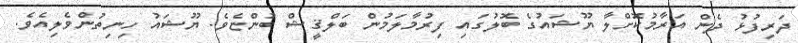
ދަރިފުޅު ދެން އަރާމުކޮށްލާ ޔޫޝައުގެ ބޮލުގައި ފިރުމާލަމުން ބަލްޤީޝް ބުންޏެވެ. ޔޫޝައު ހިނިތުންވެލިއެވެ.